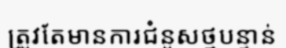
ត្រូវតែមានការជំនួសថ្មបន្ទាន់